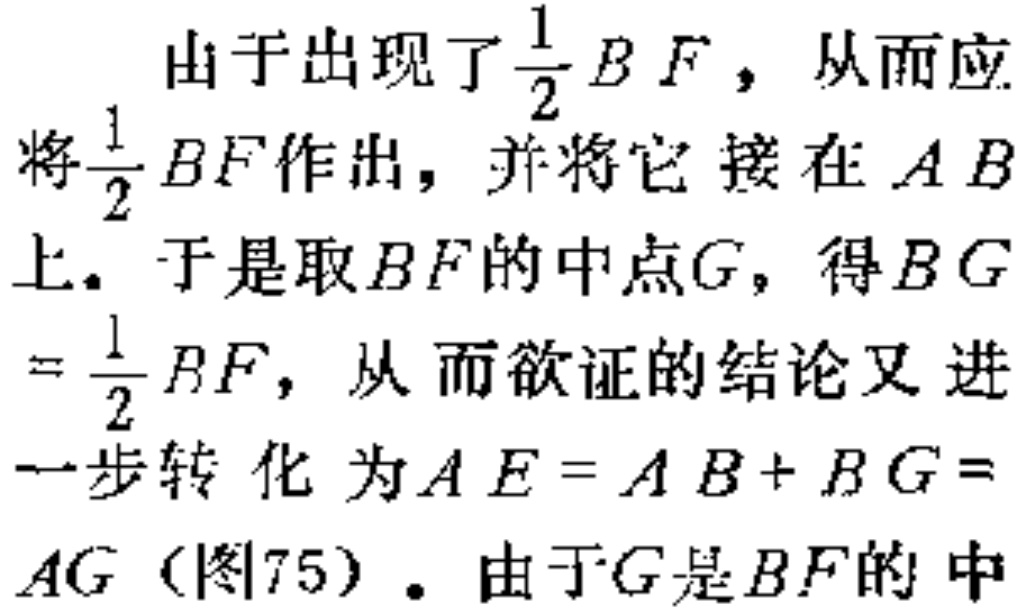
由于出现了$\frac{1}{2}BF$，从而应将$\frac{1}{2}BF$作出，并将它接在$AB$上。于是取$BF$的中点$G$，得$BG=\frac{1}{2}BF$，从而欲证的结论又进一步转化为$AE = AB + BG = AG$（图75）。由于$G$是$BF$的中